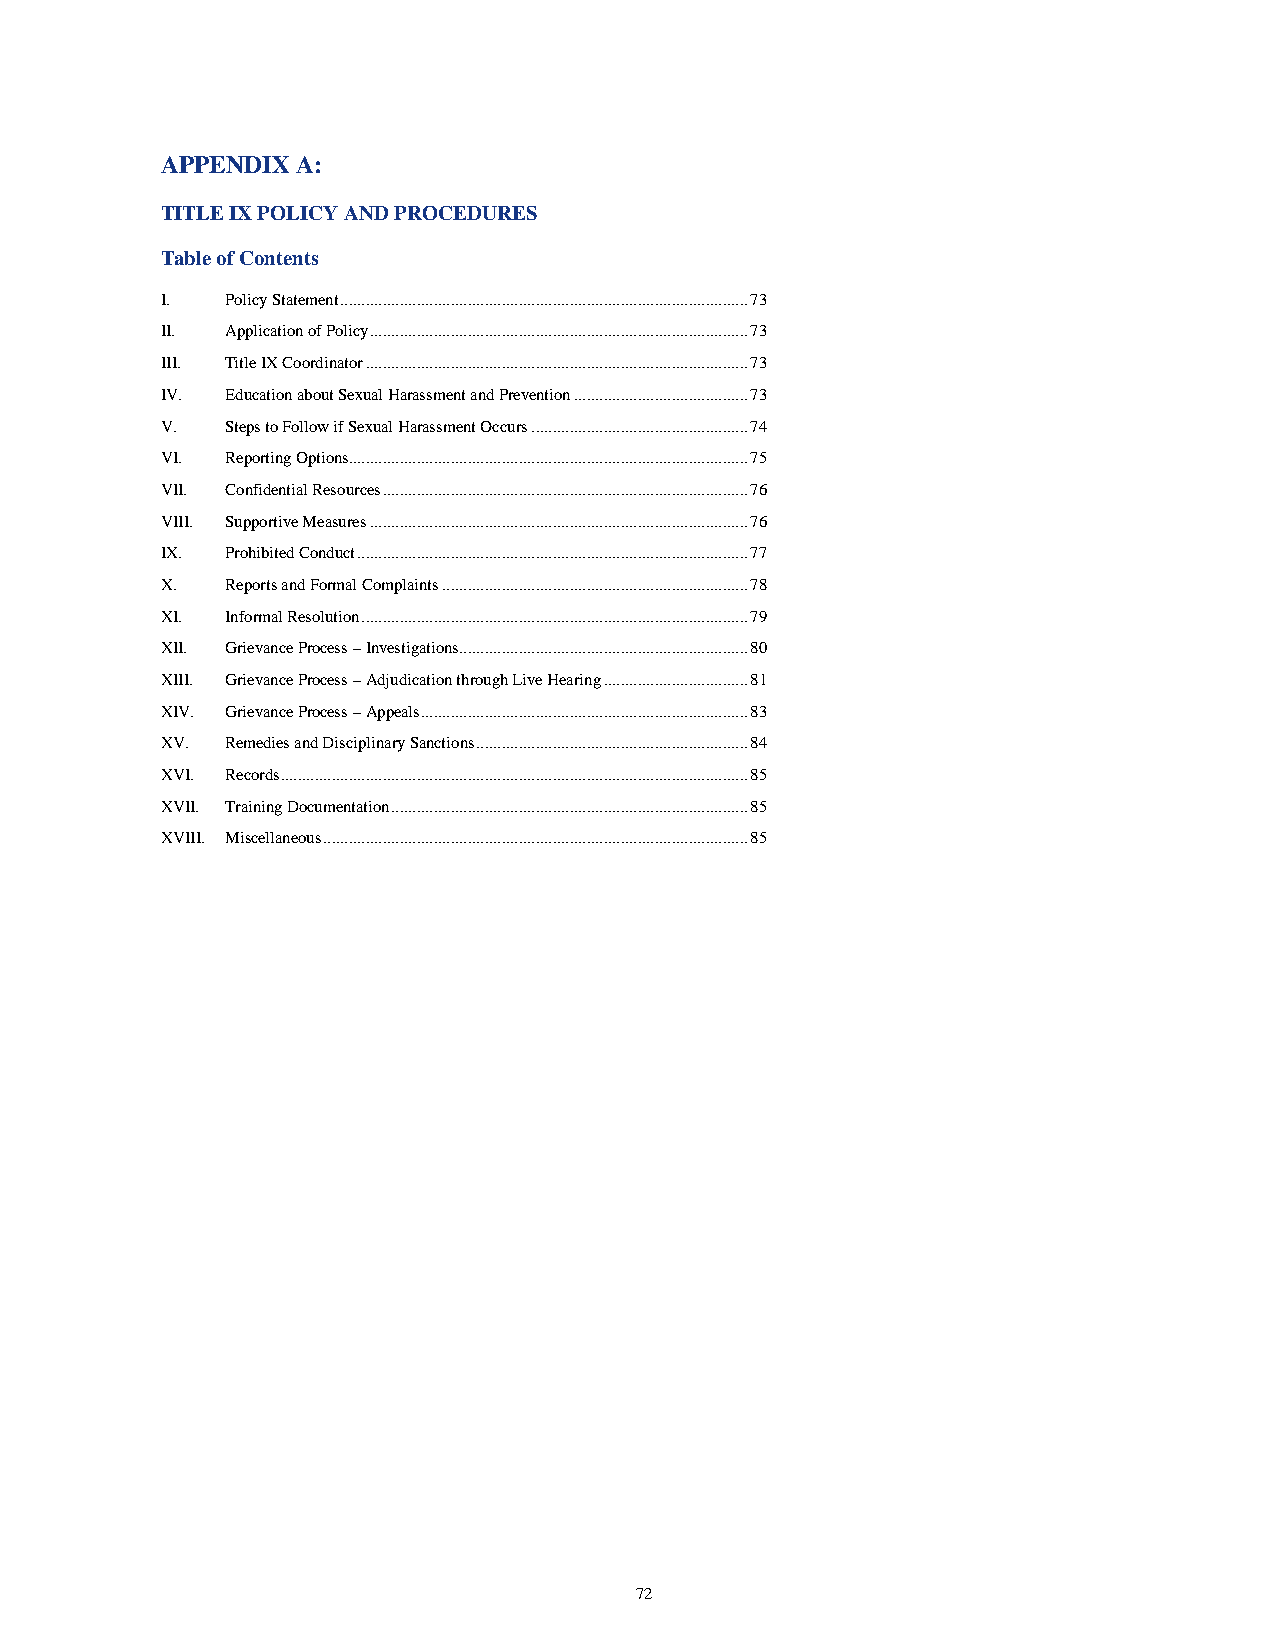
APPENDIX A:
 TITLE IX POLICY AND PROCEDURES
 Table of Contents
 I.  Policy Statement ................................................................................................ 73
 II. Application of Policy ......................................................................................... 73
 III. Title IX Coordinator .......................................................................................... 73
 IV. Education about Sexual Harassment and Prevention ......................................... 73
 V.  Steps to Follow if Sexual Harassment Occurs ................................................... 74
 VI. Reporting Options.............................................................................................. 75
 VII. Confidential Resources ...................................................................................... 76
 VIII. Supportive Measures ......................................................................................... 76
 IX. Prohibited Conduct ............................................................................................ 77
 X.  Reports and Formal Complaints ........................................................................ 78
 XI. Informal Resolution ........................................................................................... 79
 XII. Grievance Process – Investigations .................................................................... 80
 XIII. Grievance Process – Adjudication through Live Hearing .................................. 81
 XIV. Grievance Process – Appeals ............................................................................. 83
 XV. Remedies and Disciplinary Sanctions ................................................................ 84
 XVI. Records .............................................................................................................. 85
 XVII. Training Documentation .................................................................................... 85
 XVIII. Miscellaneous .................................................................................................... 85
 72